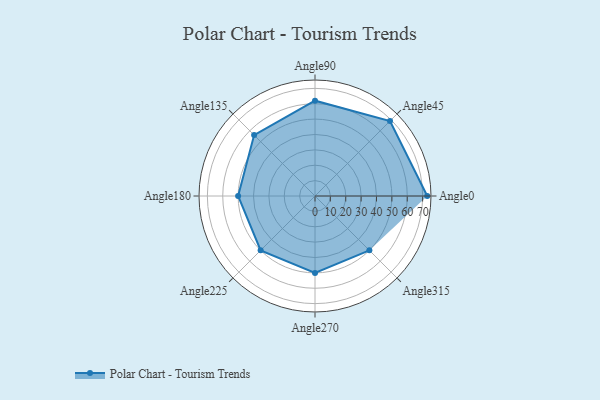
{"axis": {"x": "Angle", "y": "Radius"}, "legend": [""], "data": [{"x": "Angle0", "y": 73.0, "type": ""}, {"x": "Angle45", "y": 69.0, "type": ""}, {"x": "Angle90", "y": 62.0, "type": ""}, {"x": "Angle135", "y": 56.0, "type": ""}, {"x": "Angle180", "y": 50, "type": ""}, {"x": "Angle225", "y": 50, "type": ""}, {"x": "Angle270", "y": 50, "type": ""}, {"x": "Angle315", "y": 50, "type": ""}]}